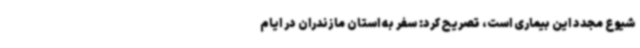
شیوع مجدد این بیماری است، تصریح کرد: سفر به استان مازندران در ایام